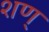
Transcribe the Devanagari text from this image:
शण्